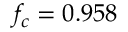
f _ { c } = 0 . 9 5 8